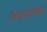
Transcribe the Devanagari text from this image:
सिटेकोसिस